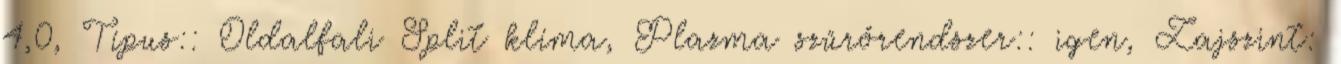
4,0, Típus:: Oldalfali Split klíma, Plazma szűrőrendszer:: igen, Zajszint: